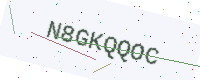
Text: N8GKQQOC